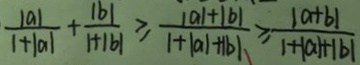
\frac { \vert a \vert } { \vert + \vert a \vert } + \frac { \vert b \vert } { \vert + \vert b \vert } \geq \frac { \vert a \vert + \vert b \vert } { 1 + \vert a \vert + b \vert } \geq \frac { \vert a + b \vert } { 1 + \vert a \vert + b \vert }